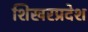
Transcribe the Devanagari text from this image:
शिखरप्रदेश